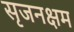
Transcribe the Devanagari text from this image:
सृजनक्षम